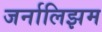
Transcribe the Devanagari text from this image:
जर्नालिझम